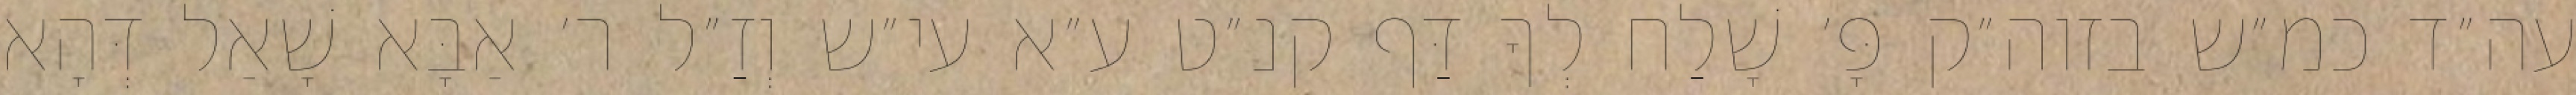
עה״ד כמ״ש בזוה״ק פָּ׳ שָׁלַח לְךָ דַּף קנ״ט ע״א עי״ש וְזַ״ל ר׳ אַבָּא שָׁאַל דְּהָא